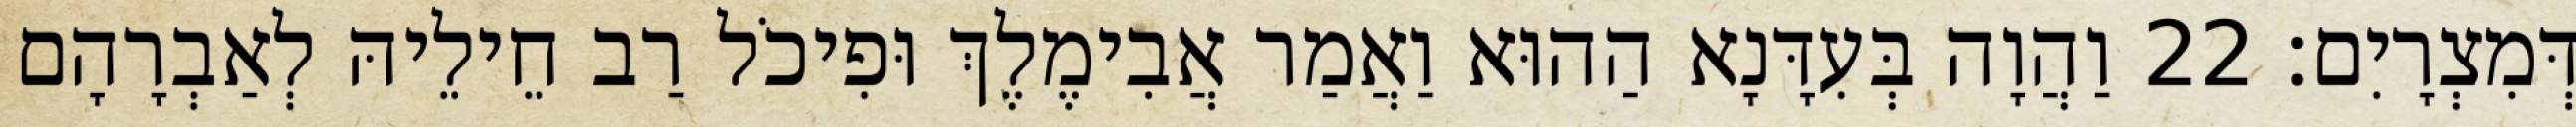
דְּמִצְרָיִם׃ 22 וַהֲוָה בְּעִדָּנָא הַהוּא וַאֲמַר אֲבִימֶלֶךְ וּפִיכֹל רַב חֵילֵיהּ לְאַבְרָהָם